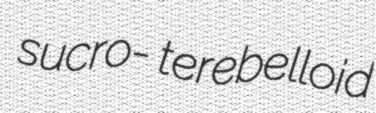
sucro- terebelloid